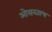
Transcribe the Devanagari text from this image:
ओसरताच